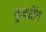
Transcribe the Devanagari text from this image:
कुबर्तिन